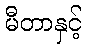
မီတာနှင့်